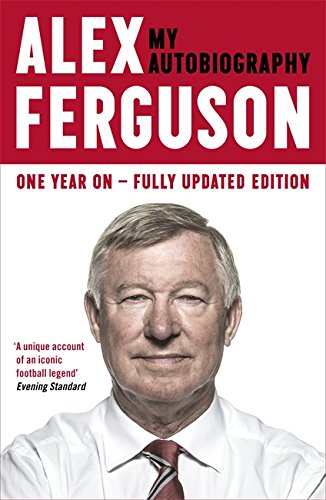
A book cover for Alex Ferguson: My Autobiography; Sir Alex Ferguson; Biographies & Memoirs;